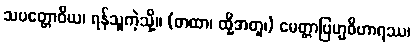
သပတ္တောဝိယ၊ ရန်သူကဲ့သို့။ (တထာ၊ ထို့အတူ၊) မေတ္တာဗြဟ္မဝိဟာရဿ၊